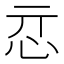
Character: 𢗏